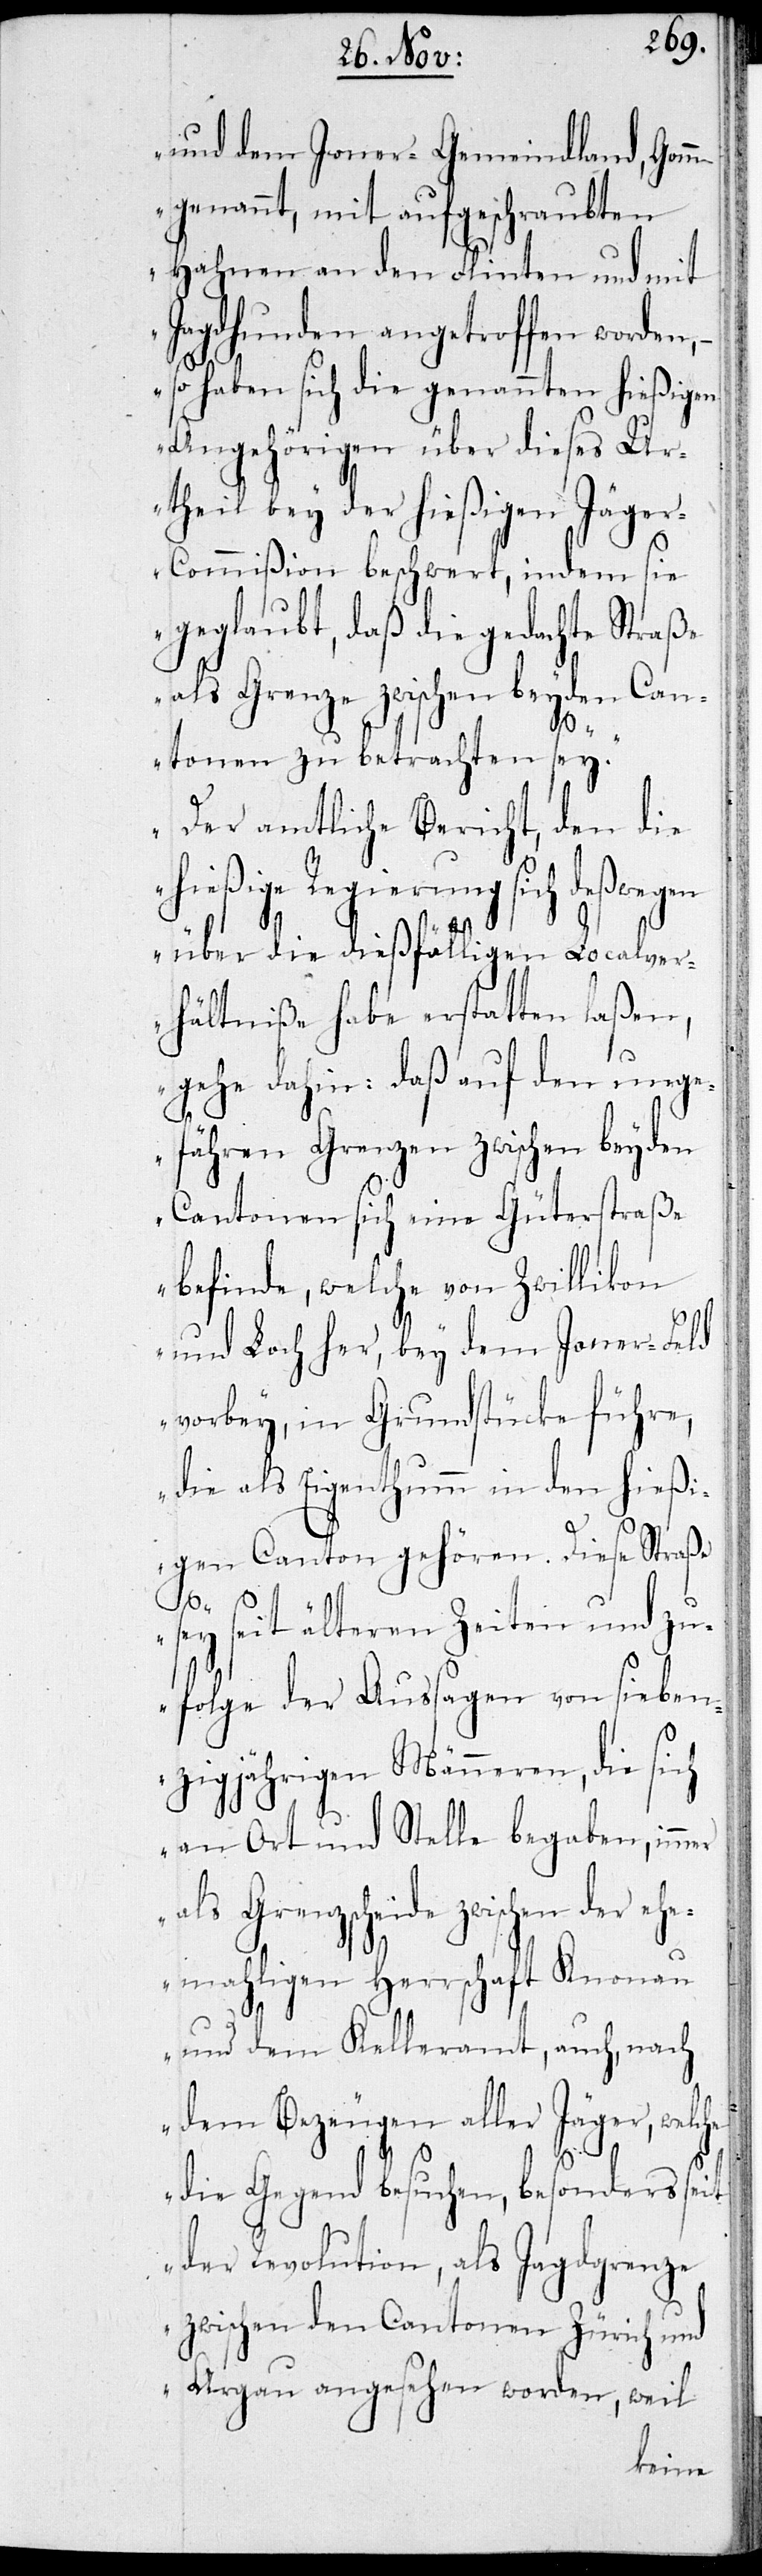
und dem Joner-Gemeindland, Gomm
genannt, mit aufgeschraubten
Hahnen an den Flinten und mit
Jagdhunden angetroffen worden,
so haben sich die genannten hießigen
Angehörigen über dieses Ur¬
theil bey der hießigen Jäge¬
r-Commißion beschwert, indem sie
geglaubt, daß die gedachte Straße
als Grenze zwischen beyden Can¬
mer
tonen zu betrachten sey.
Der amtliche Bericht, den die
hießige Regierung sich desweg¬
en über die dießfälligen Localver¬
hältniße habe erstatten laßen,
gehe dahin: daß auf den unge¬
fähren Grenzen zwischen beyden
Cantonen sich eine Güterstraße
befinde, welche von Zwillikon
und Loch her, bey dem Joner-Feld
vorbey in Grundstücke führe,
die als Eigenthum in den hießi¬
gen Canton gehören. Diese Straße
sey seit älteren Zeiten und zu¬
folge der Aussagen von sieben¬
zigjährigen Männeren, die sich
an Ort und Stelle begaben, im¬
Grenzscheide zwischen der eh¬
emahligen Herrschaft Knonau
und dem Kelleramt, auch, nach
dem Bezeugen aller Jäger,
die Gegend besuchen, besonders seit
der Revolution, als Jagdgrenze
zwischen den Cantonen Zürich und
Aargau angesehen worden, weil